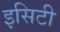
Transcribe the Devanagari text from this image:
इसिटी